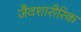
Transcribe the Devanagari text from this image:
जैवशारीरिक